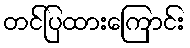
တင်ပြထားကြောင်း